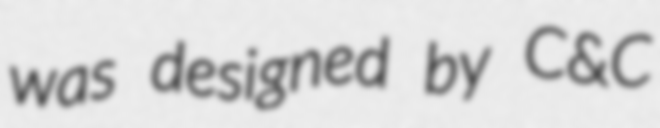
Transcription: was designed by C&C